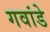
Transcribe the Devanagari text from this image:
गवांडे